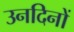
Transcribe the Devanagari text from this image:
उनदिनों